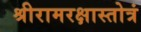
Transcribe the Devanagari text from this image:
श्रीरामरक्षास्तोत्रं